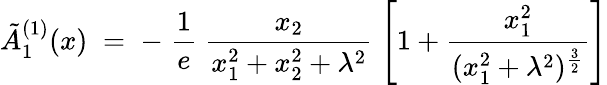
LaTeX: \tilde{A}_{1}^{(1)}(x)\; =\; -\; \frac{1}{e}\; \frac{x_{2}}{x_{1}^{2}+x_{2}^{2}+\lambda^{2}}\; \left[1+\frac{x_{1}^{2}}{(x_{1}^{2}+\lambda^{2})^{\frac{3}{2}}}\right]